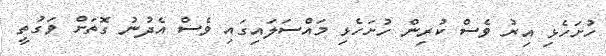
ހުށަހެޅި އިރު ވެސް ކުރިން ހުށަހެޅި މައްސަލައިގައި ވެސް އެދުނު ގޮތަށް ވަގުތީ